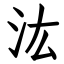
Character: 汯